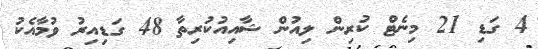
4 ގަޑި 21 މިނެޓް ކުރިން ލިއުން ޝާއިއުކުރިތާ 48 ގަޑިއިރު ވުމާއެކު